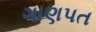
ગાણપત